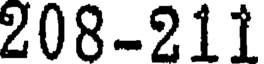
208-211